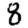
Digit: 8